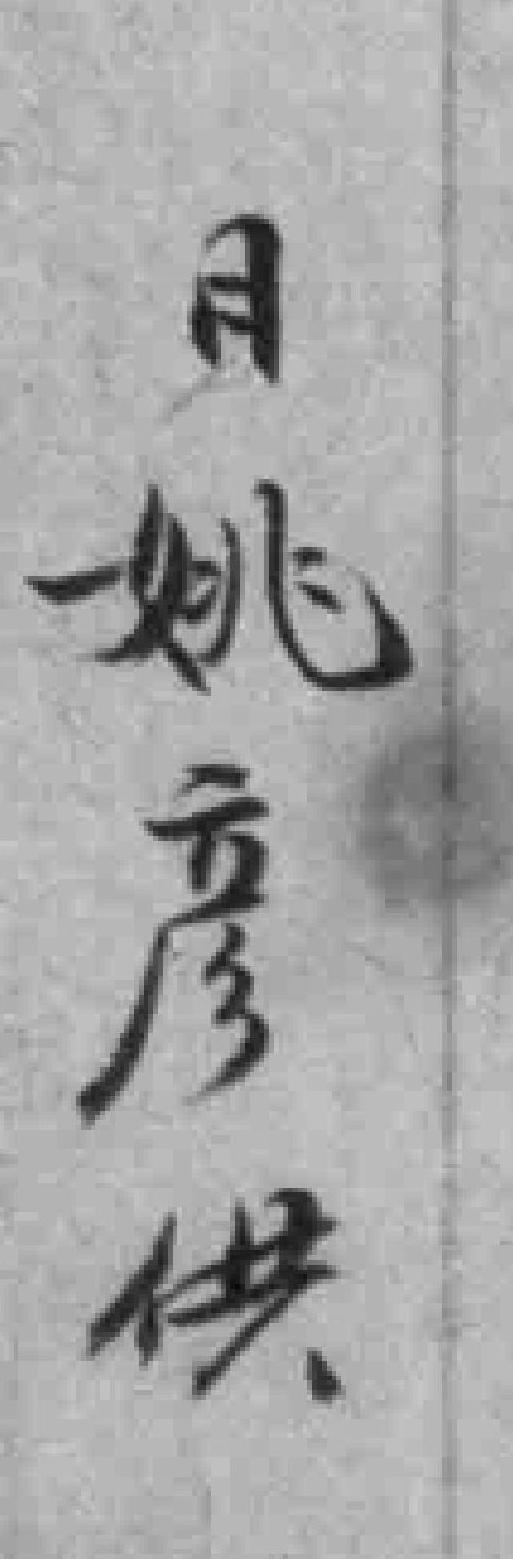
日姚彦供